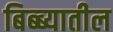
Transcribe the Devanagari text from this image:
बिब्ब्यातील